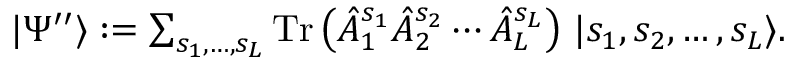
\textstyle | \Psi ^ { \prime \prime } \rangle : = \sum _ { s _ { 1 } , \dotsc , s _ { L } } \operatorname { T r } \left( \hat { A } _ { 1 } ^ { s _ { 1 } } \hat { A } _ { 2 } ^ { s _ { 2 } } \dotsb \hat { A } _ { L } ^ { s _ { L } } \right) \, | s _ { 1 } , s _ { 2 } , \dotsc , s _ { L } \rangle .